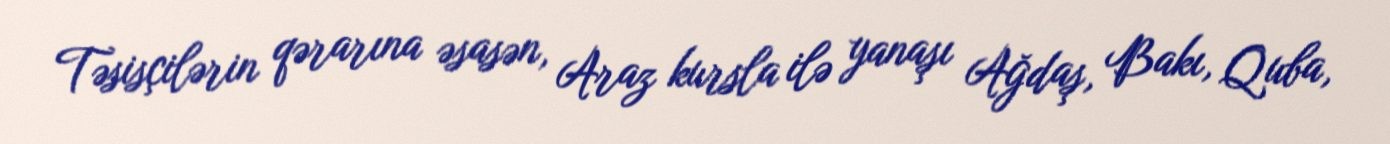
Təsisçilərin qərarına əsasən, Araz kursla ilə yanaşı Ağdaş, Bakı, Quba,